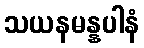
သယနမန္နပါနံ